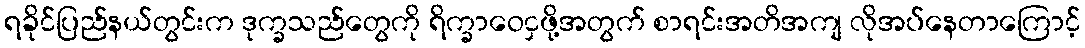
ရခိုင်ပြည်နယ်တွင်းက ဒုက္ခသည်တွေကို ရိက္ခာဝေငှဖို့အတွက် စာရင်းအတိအကျ လိုအပ်နေတာကြောင့်